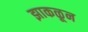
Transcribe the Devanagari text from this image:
झाकळून